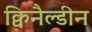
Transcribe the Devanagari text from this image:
क्विनैल्डीन